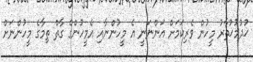
ޚުދުމުޚުތާރު މީހުން ވެރިކަމަށް އަންނަނީ އެ މީހުންނާއި އެމީހުންގެ ގާތް ތިމާގެ މީހުންނަށް